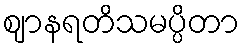
ဈာနရတိသမပ္ပိတာ